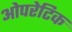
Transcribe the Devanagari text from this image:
ओपरेटिक